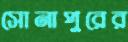
সোনাপুরের